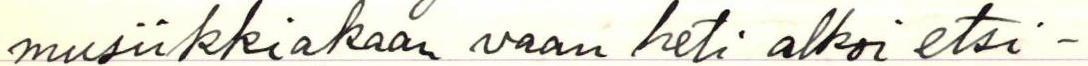
musiikkiakaan vaan heti alkoi etsi-